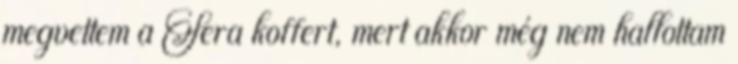
megvettem a Sera koffert, mert akkor még nem hallottam